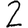
Digit: 2